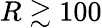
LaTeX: R\gtrsim 100